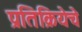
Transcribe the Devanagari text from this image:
प्रतिक्रियेचे